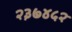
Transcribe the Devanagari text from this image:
२३७४५२